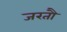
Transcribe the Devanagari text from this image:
जरतौ